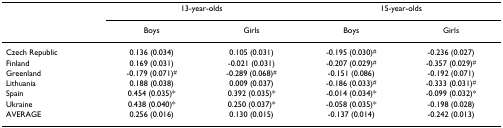
|  | <COLSPAN=2> 13-year-olds | <COLSPAN=2> 15-year-olds |
 |  | Boys | Girls | Boys | Girls |
 | --- | --- | --- | --- | --- |
 | Czech Republic | 0.136 (0.034) | 0.105 (0.031) | -0.195 (0.030)# | -0.236 (0.027) |
 | Finland | 0.169 (0.031) | -0.021 (0.031) | -0.207 (0.029)# | -0.357 (0.029)# |
 | Greenland | -0.179 (0.071)# | -0.289 (0.068)# | -0.151 (0.086) | -0.192 (0.071) |
 | Lithuania | 0.188 (0.038) | 0.009 (0.037) | -0.186 (0.033)# | -0.333 (0.031)# |
 | Spain | 0.454 (0.035)* | 0.392 (0.035)* | -0.014 (0.034)* | -0.099 (0.032)* |
 | Ukraine | 0.438 (0.040)* | 0.250 (0.037)* | -0.058 (0.035)* | -0.198 (0.028) |
 | AVERAGE | 0.256 (0.016) | 0.130 (0.015) | -0.137 (0.014) | -0.242 (0.013) |